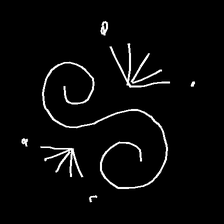
Glyph: aeroform